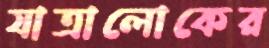
যাত্রালোকের